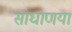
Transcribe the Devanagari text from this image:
साधाणया